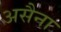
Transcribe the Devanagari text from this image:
असैना